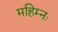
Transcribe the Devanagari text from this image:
महिम्नः